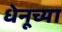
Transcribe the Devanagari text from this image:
धेनूच्या